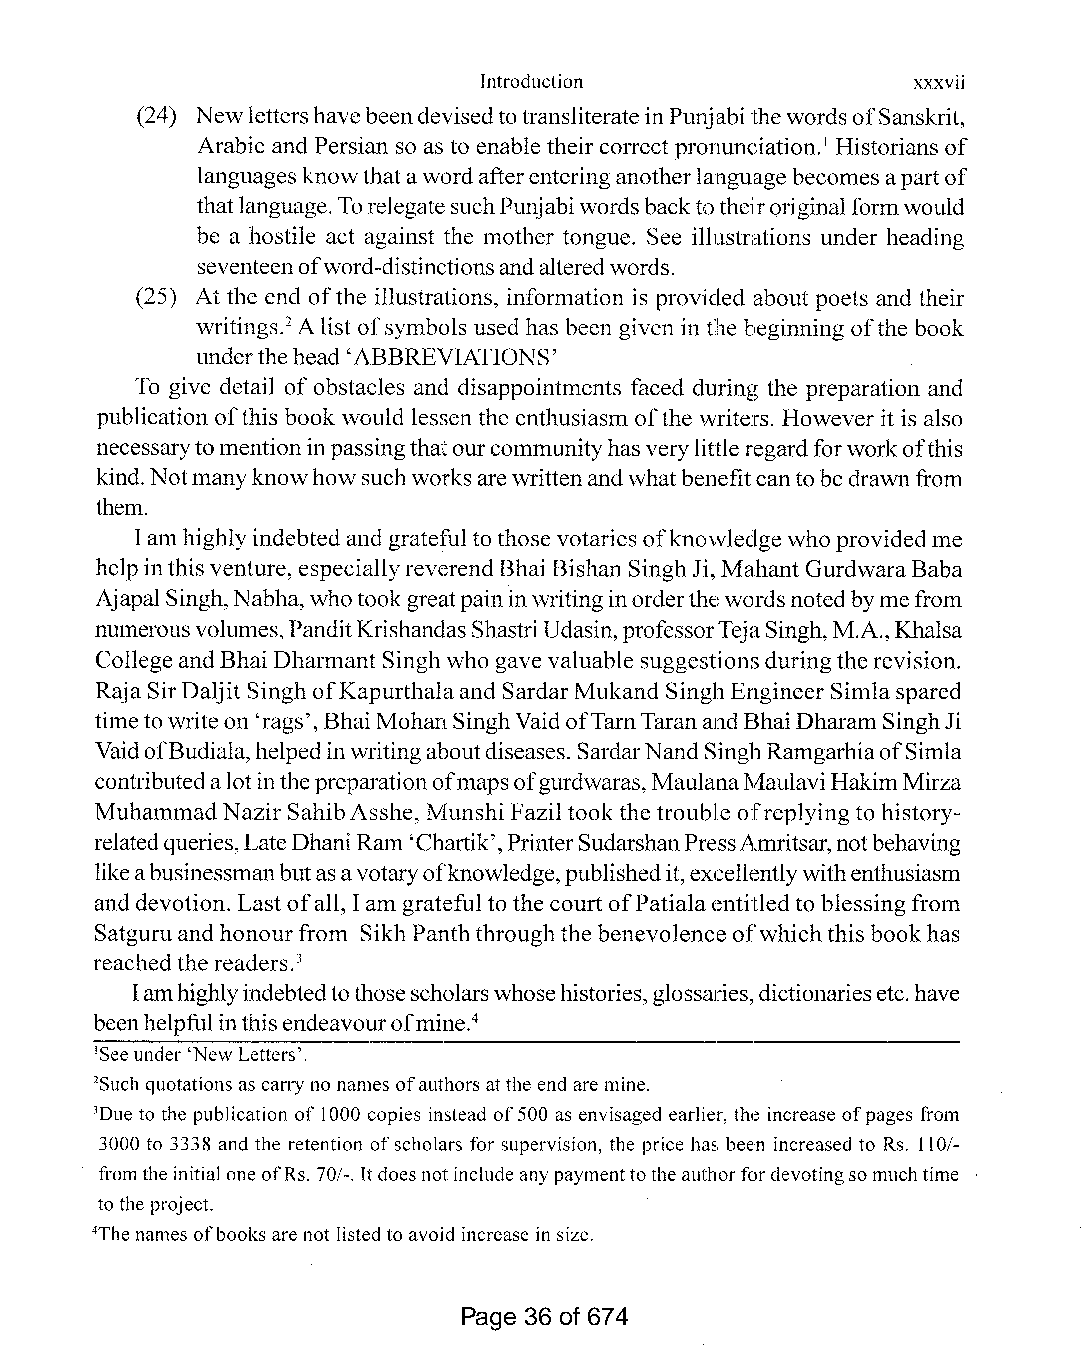
]introduction                xxxvii
 (24) Newlettershavebeendevisedto transliterateinPunjabithewordsofSanskrit,
 Arabic and Persian so as to enable their correct pronunciation. Historians of
 1
 languages knowthatawordafterenteringanotherlanguage becomes apartof
 thatlanguage.TorelegatesuchPunjabiwordsbacktotheiroriginal formwould
 be a hostile act against the mother tongue. See illustrations under heading
 seventeenofword-distinctionsandalteredwords.
 (25) At the end ofthe illustrations, information is provided about poets and their
 writings.2Alist ofsymbols used has been given in the beginning ofthe book
 underthehead'ABBREVIATIONS'
 To give detail ofobstacles and disappointments faced during the preparation and
 publication ofthis book would lessen the enthusiasm ofthe writers. However it is also
 necessarytomentioninpassingthatourcommunityhasverylittleregardforworkofthis
 kind. Notmanyknowhowsuchworksarewrittenandwhatbenefitcantobedrawnfrom
 them.
 Iam highlyindebtedand gratefulto those votaries ofknowleclgewho providedme
 helpinthis venture, especiallyreverendBhai Bishan SinghJi, Mahant GurdwaraBaba
 Ajapal Singh,Nabha, whotook greatpaininwritinginorderthewordsnotedbymefrom
 numerousvolumes,PanditKrishandasShastriUdasin,professorTejaSingh,M.A., Khalsa
 College andBhai Dharmant Singhwho gave valuable suggestionsduringthe revision.
 Raja SirDaljit Singh ofKapurthalaand SardarMukand SinghEngineer Simlaspared
 timetowriteon 'rags', BhaiMohanSinghVaidofTamTaranandBhaiDharamSinghJi
 VaidofBudiala,helpedinwritingaboutdiseases. SardarNandSinghRamgarhiaofSimla
 contributedalotinthepreparationofmapsofgurdwaras,MaulanaMaulaviHakimMirza
 MuhammadNazir SahibAsshe, Munshi Faziltook the trouble ofreplying to history
 relatedqueries,LateDhaniRam 'Chartik',PrinterSudarshanPressAmritsar,notbehaving
 likeabusinessmanbutasavotaryofknowledge,publishedit,excellentlywithenthusiasm
 and devotion. Lastofall, Iam gratefulto the courtofPatialaentitledto blessing from
 Satguruand honourfrom SikhPanththroughthe benevolence ofwhichthis bookhas
 reachedthe readers.
 3
 Iamhighlyindebtedtothosescholarswhosehistories,glossaries,dictionariesetc.have
 beenhelpfulinthisendeavourofmine.4
 'Seeunder 'New Letters'.
 2Suchquotations as carry no names ofauthors atthe end are mine.
 JDue to the publication of 1000 copies instead of500 as envisaged eadier, the increase ofpages from
 3000 to 3338 and the retention ofscholars for supervision, the price has been increased to Rs. 110/
 from the initial one ofRs. 70/-. Itdoesnot includeany paymenttothe authorfor devotingsomuch time
 to the project.
 4Thenames ofbooks are not listedto avoid increase in size.
 Page 36 of 674